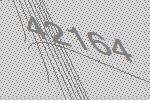
42164